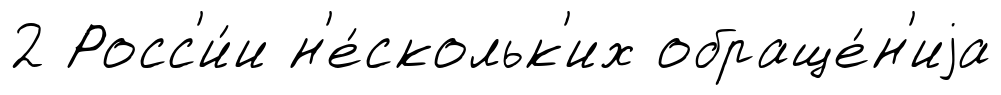
2 Росс'и́и н'е́скольк'их обраще́н'иjа